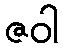
ဇဝါ